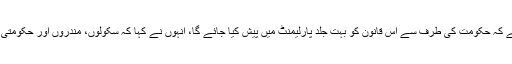
خبر کے مطابق وزیر صحت مونگ کول نا نے بتایا ہے کہ حکومت کی طرف سے اس قانون کو بہت جلد پارلیمنٹ میں پیش کیا جائے گا، انہوں نے کہا کہ سکولوں، مندروں اور حکومتی دفاتر کے قریب شراب فروخت کرنے پر پابندی ہوگی۔